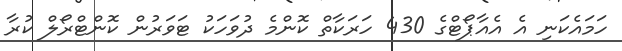
ހަމައެކަނި އެ އެއާޕޯޓްގެ 430 ހަރަކާތް ކޮންމެ ދުވަހަކު ޓަވަރުން ކޮންޓްރޯލް ކުރާ